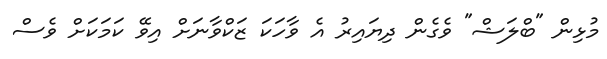
މުޅިން "ބްލަޝް" ވެގެން ދިޔައިރު އެ ވާހަކަ ޒަކްވާނަށް އިވޭ ކަމަކަށް ވެސް